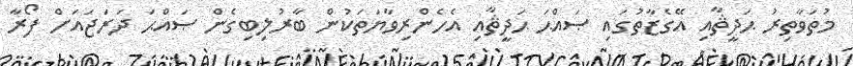
މުތަވާތިރު ޙަދީޘާއި އޭގެޒާތުގައި ޞައްޙަ ޙަދީޘާއި އެހެންރިވާޔަތަކުން ބާރުލިބިގެން ޞައްޙަ ދަރަޖައަށް ފޯރާ